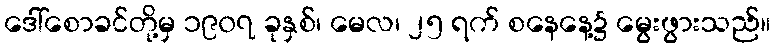
ဒေါ်စောခင်တို့မှ ၁၉၀၇ ခုနှစ်၊ မေလ၊ ၂၅ ရက် စနေနေ့၌ မွေးဖွားသည်။